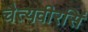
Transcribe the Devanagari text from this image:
चैत्यवीरसिं